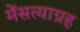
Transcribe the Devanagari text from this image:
मेंसत्याग्रह